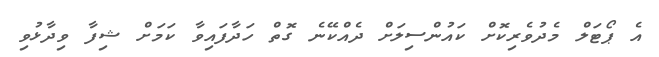
އެ ޕޯޓަލް މެދުވެރިކޮށް ކައުންސިލަށް ދެއްކޭނެ ގޮތް ހަދާފައިވާ ކަމަށް ޝިފާ ވިދާޅުވި